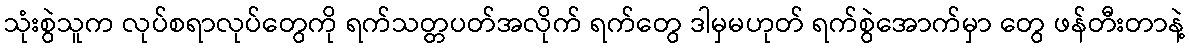
သုံးစွဲသူက လုပ်စရာလုပ်တွေကို ရက်သတ္တပတ်အလိုက် ရက်တွေ ဒါမှမဟုတ် ရက်စွဲအောက်မှာ တွေ ဖန်တီးတာနဲ့